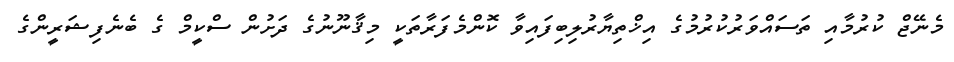
މެނޭޖް ކުރުމާއި ތަސައްވަރުކުރުމުގެ އިޚްތިޔާރުލިބިފައިވާ ކޮންމެފަރާތަކީ މިޤާނޫނުގެ ދަށުން ސްކީމް ގެ ބެނެފިޝަރީންގެ